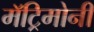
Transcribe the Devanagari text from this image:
मॅट्रिमोनी